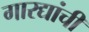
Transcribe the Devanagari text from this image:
गारद्यांची